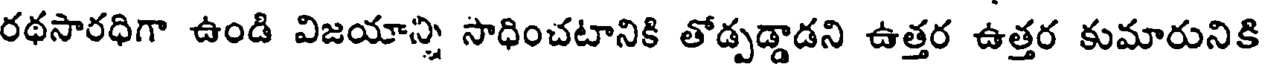
రథసారధిగా ఉండి విజయాన్ని సాధించటానికి తోడ్పడ్డాడని ఉత్తర ఉత్తర కుమారునికి